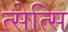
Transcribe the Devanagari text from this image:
त्सेत्सि